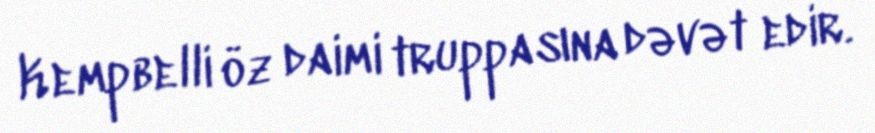
Kempbelli öz daimi truppasına dəvət edir.